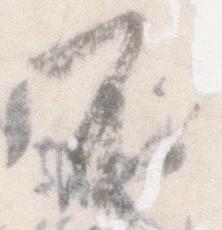
不